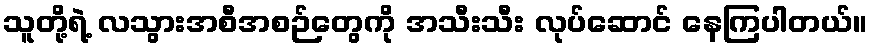
သူတို့ရဲ့ လသွားအစီအစဉ်တွေကို အသီးသီး လုပ်ဆောင် နေကြပါတယ်။